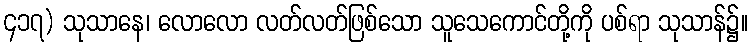
၄၁၇) သုသာနေ၊ လောလော လတ်လတ်ဖြစ်သော သူသေကောင်တို့ကို ပစ်ရာ သုသာန်၌။